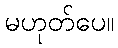
မဟုတ်ပေ။